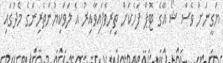
ޔަގީނަށް ވެސް ޝޯ އޭގެ ޓޮޕް ފަހެކަށް ތިރިވެފައިވާއިރު އެ ލަވަކިޔުންތެރިންގެ މެދުގައި